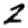
Digit: 2